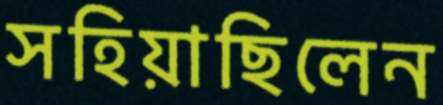
সহিয়াছিলেন